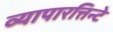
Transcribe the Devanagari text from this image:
व्यापारत्तिन्टे